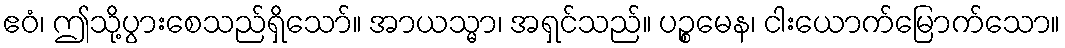
ဧဝံ၊ ဤသို့ပွားစေသည်ရှိသော်။ အာယသ္မာ၊ အရှင်သည်။ ပဉ္စမေန၊ ငါးယောက်မြောက်သော။